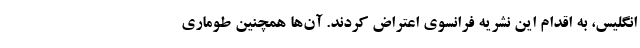
انگلیس، به اقدام این نشریه فرانسوی اعتراض کردند. آن‌ها همچنین طوماری